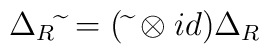
\Delta_R\widetilde{\  } = (\widetilde{\  } \otimes id)\Delta_R